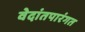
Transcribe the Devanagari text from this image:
वेदांतपारंगत